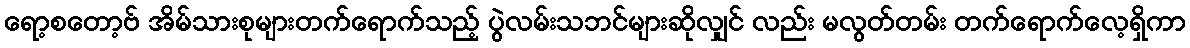
ရော့စတော့ဗ် အိမ်သားစုများတက်ရောက်သည့် ပွဲလမ်းသဘင်များဆိုလျှင် လည်း မလွတ်တမ်း တက်ရောက်လေ့ရှိကာ